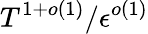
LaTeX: T^{1+o(1)}/\epsilon^{o(1)}